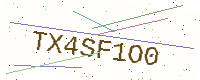
Text: TX4SF1O0